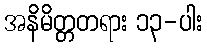
အနိမိတ္တတရား ၁၃-ပါး